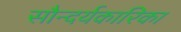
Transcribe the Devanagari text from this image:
सौन्दर्यकारिका